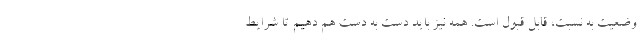
وضعیت به نسبت، قابل قبول است. همه نیز باید دست به دست هم دهیم تا شرایط